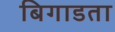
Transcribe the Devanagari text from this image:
बिगाडता